Plague in India, 1896, 1897 - Volume 1
Year: 1896
Disease focus: Plague
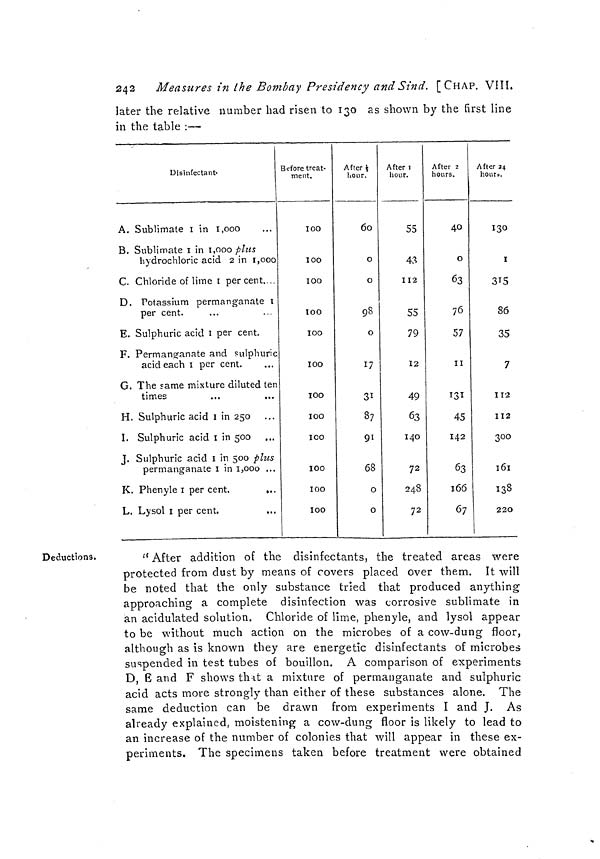
242
Measures in the Bombay Presidency and Sind. [CHAP. VIII.
later the relative number had risen to 130 as shown by the first line
in the table :—
Disinfectant.
A. Sublimate 1 in 1,000
B. Sublimate 1 in 1,000 plus
hydrochloric acid 2 in 1,000
C. Chloride of lime 1 per cent. .
D. Potassium permanganate 1
per cent.
E. Sulphuric acid 1 per cent.
F. Permanganate and sulphuric
acid each 1 per cent.
G. The same mixture diluted ten
times
H. Sulphuric acid I in 250
I. Sulphuric acid I in 500
J. Sulphuric acid I in 500 plus
permanganate 1 in 1,000 ...
K. Phenyle 1 per cent.
...
L. Lysol 1 per cent.
Before treat.
ment.
100
100
100
100
100
100
100
100
100
100
100
After ½
hour.
60
0
0
98
0
17
31
87
91
68
0
0
After 1
hour.
55
43
112
55
79
12
49
63
140
72
248
72
After 2
hours.
40
0
63
76
57
II
131
45
142
63
166
67
After 24
hours.
130
I
315
86
35
7
112
112
300
161
138
220
Deductions.
''After addition of the disinfectants, the treated areas were
protected from dust by means of covers placed over them. It will
be noted that the only substance tried that produced anything
approaching a complete disinfection was corrosive sublimate in
an acidulated solution. Chloride of lime, phenyle, and lysol appear
to be without much action on the microbes of a cow-duno; floor,
although as is known they are energetic disinfectants of microbes
suspended in test tubes of bouillon. A comparison of experiments
D, E and F shows that a mixture of permanganate and sulphuric
acid acts more strongly than either of these substances alone. The
same deduction can be drawn from experiments I and J. As
already explained, moistening a cow-dung floor is likely to lead to
an increase of the number of colonies that will appear in these ex-
periments. The specimens taken before treatment were obtained